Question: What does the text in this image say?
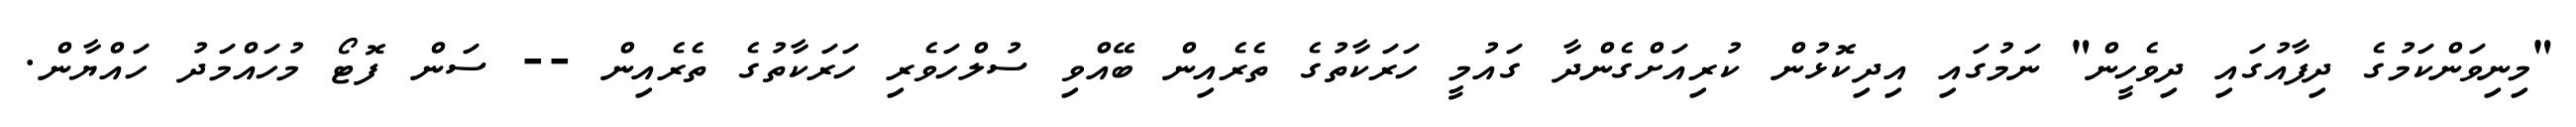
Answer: "މިނިވަންކަމުގެ ދިފާއުގައި ދިވެހީން" ނަމުގައި އިދިކޮޅުން ކުރިއަށްގެންދާ ގައުމީ ހަރަކާތުގެ ތެރެއިން ބޭއްވި ސުލްހަވެރި ހަރަކާތުގެ ތެރެއިން -- ސަން ފޮޓޯ މުހައްމަދު ހައްޔާން.